Lunatic asylums in Bengal annual reports 1912-1924 - 1912-1924
Year: 1912
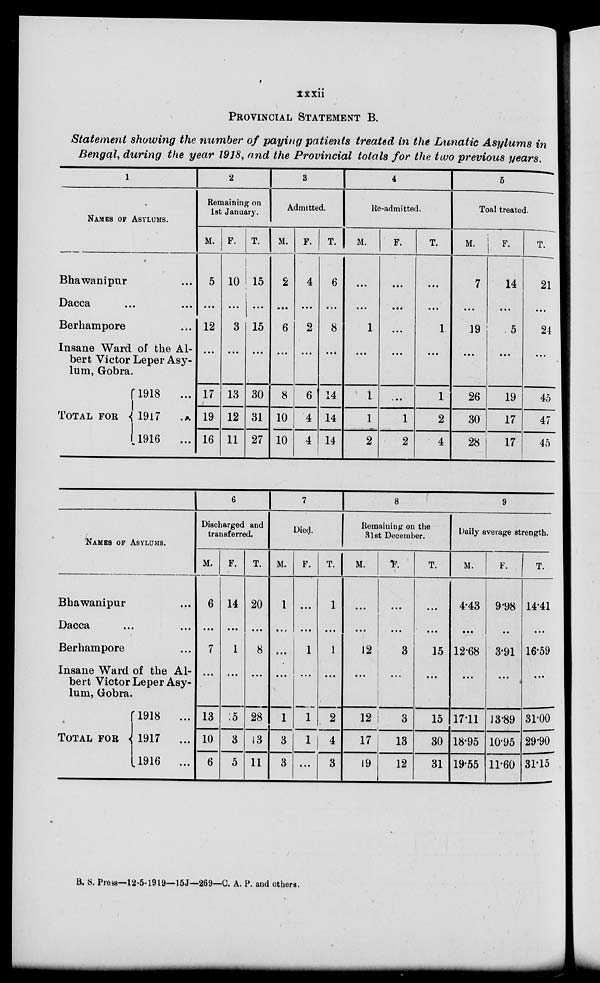
xxxii
PROVINCIAL STATEMENT B.
Statement showing the number of paying patients treated in the Lunatic Asylums in
Bengal, during the year 1918, and the Provincial totals for the two previous years.
1
NAMES OF ASYLUMS.
Bhawanipur ...
Dacca
...
...
Berhampore ...
Insane Ward of the Al-
bert Victor Leper Asy-
lum, Gobra.
TOTAL FOR
1918 ...
1917 ...
1916
...
2
Remaining on
1st January.
M.
5
...
12
...
17
19
16
F.
10
...
3
...
13
12
11
T.
15
...
15
...
30
31
27
3
Admitted.
M.
2
...
6
...
8
10
10
F.
4
...
2
...
6
4
4
T.
6
...
8
...
14
14
14
4
Re-admitted.
M.
...
...
1
...
1
1
2
F.
...
...
...
...
...
1
2
T.
...
...
1
...
1
2
4
5
Toal treated.
M.
7
...
19
...
26
30
28
F.
14
...
5
...
19
17
17
T.
21
...
24
...
45
47
45
NAMES OF ASYLUMS.
Bhawanipur ...
Dacca
...
...
Berhampore ...
Insane Ward of the Al-
bert Victor Leper Asy-
lum, Gobra.
TOTAL FOR
1918
...
1917
...
1916
...
6
Discharged and
transferred.
M.
6
...
7
...
13
10
6
F.
14
...
1
...
5
3
5
T.
20
...
8
...
28
13
11
7
Died.
M.
1
...
...
...
1
3
3
F.
...
...
1
...
1
1
...
T.
1
...
1
...
2
4
3
8
Remaining on the
31st December.
M.
...
...
12
...
12
17
19
F.
...
...
3
...
3
13
12
T.
...
...
15
...
15
30
31
9
Daily average strength.
M.
4.43
...
12.68
...
17.11
18.95
19.55
F.
9.98
...
3.91
...
13.89
10.95
11.60
T.
14.41
...
16.59
...
31.00
29.90
31.15
B. S. Press—12-5-1919—15J—269—C. A. P. and others.